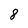
Character: 8